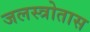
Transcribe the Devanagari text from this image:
जलस्त्रोतास